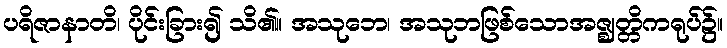
ပရိဇာနာတိ၊ ပိုင်းခြား၍ သိ၏။ အသုဘေ၊ အသုဘဖြစ်သောအဇ္ဈတ္တိကရုပ်၌။